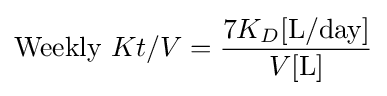
{\mbox{Weekly }}Kt/V={\frac {7K_{D}[\mathrm {L} /{\mbox{day}}]}{V[\mathrm {L} ]}}